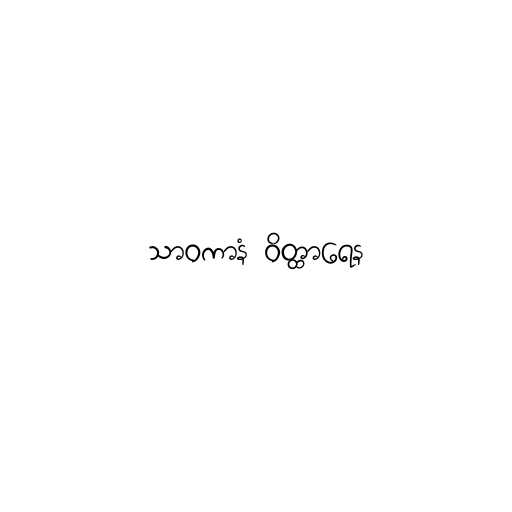
သာဝကာနံ ဝိတ္ထာရေန